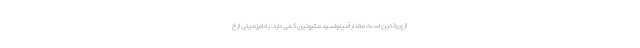
از پروتئین است مقدار آمینواسید متیونین کمی دارد. بادام‌زمینی از خ